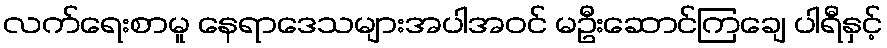
လက်ရေးစာမူ နေရာဒေသများအပါအဝင် မဦးဆောင်ကြချေ ပါရီနှင့်